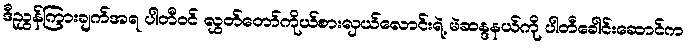
ဒီညွှန်ကြားချက်အရ ပါတီဝင် လွှတ်တော်ကိုယ်စားလှယ်လောင်းရဲ့ မဲဆန္ဒနယ်ကို ပါတီခေါင်းဆောင်က